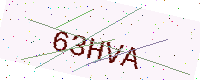
Text: 63HVA